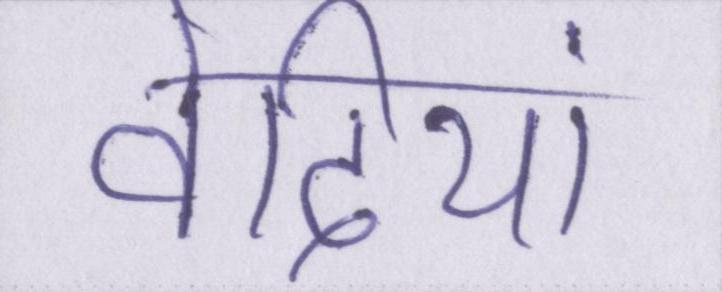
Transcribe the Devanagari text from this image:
वेदियां